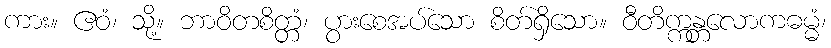
ကား။ ဧဝံ၊ သို့။ ဘာဝိတစိတ္တံ၊ ပွားစေအပ်သော စိတ်ရှိသော။ ဝီတိက္ကန္တလောကဓမ္မံ၊